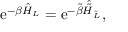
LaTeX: \mathrm { e } ^ { - \beta \hat { H } _ { L } } = \mathrm { e } ^ { - \tilde { \beta } \hat { \tilde { H } } _ { \tilde { L } } } ,